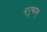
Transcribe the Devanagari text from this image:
मनुष्यन्